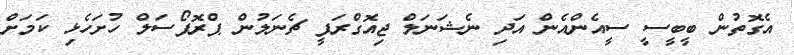
އެގޮތުން ބީބީސީ ސީއެންއެން އަދި ނެޝަނަލް ޖިއޮގްރަފީ ޗެނަލުން ޕްރޮޕޯސަލް ހުށަހެޅި ކަމަށް